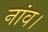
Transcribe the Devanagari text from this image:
नांव।